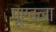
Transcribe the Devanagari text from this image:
पूएबला